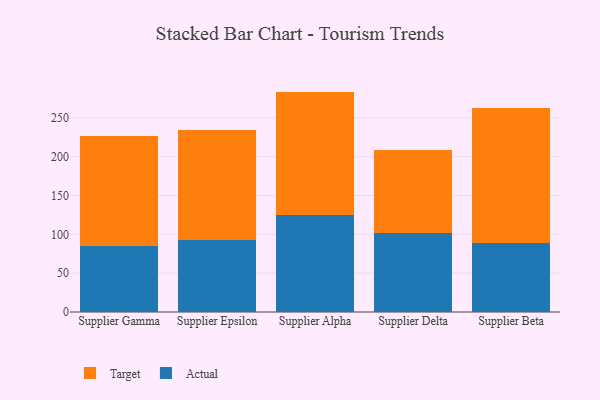
{"axis": {"x": "Supplier", "y": "Net Income (USD K)"}, "legend": ["Actual", "Target"], "data": [{"x": "Supplier Gamma", "y": 84.9, "type": "Actual"}, {"x": "Supplier Gamma", "y": 141.2, "type": "Target"}, {"x": "Supplier Epsilon", "y": 93.0, "type": "Actual"}, {"x": "Supplier Epsilon", "y": 140.8, "type": "Target"}, {"x": "Supplier Alpha", "y": 124.6, "type": "Actual"}, {"x": "Supplier Alpha", "y": 159.2, "type": "Target"}, {"x": "Supplier Delta", "y": 101.1, "type": "Actual"}, {"x": "Supplier Delta", "y": 107.5, "type": "Target"}, {"x": "Supplier Beta", "y": 89.0, "type": "Actual"}, {"x": "Supplier Beta", "y": 173.1, "type": "Target"}]}